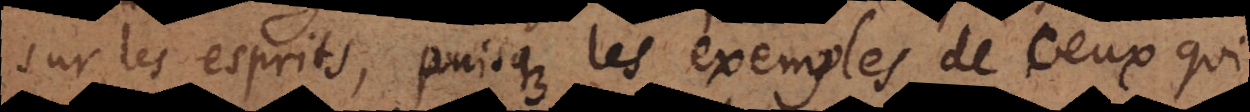
sur les esprits, puisque les exemples de ceux qui